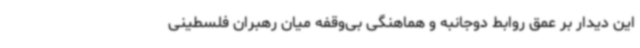
این دیدار بر عمق روابط دوجانبه و هماهنگی بی‌وقفه میان رهبران فلسطینی